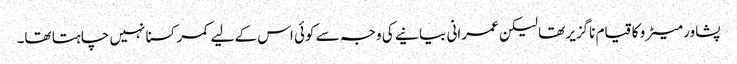
پشاور میٹرو کا قیام ناگزیر تھا لیکن عمرانی بیانیے کی وجہ سے کوئی اس کے لیے کمر کسنا نہیں چاہتا تھا۔